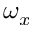
\omega _ { x }